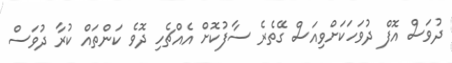
ދުވަސް އޮފް ދުވަހަކަށްވިއަސް ގޭތެރެ ސާފުކޮށް އެއްޗެހި ދޮވެ ކަންތައް ކުރާ ދުވަސް